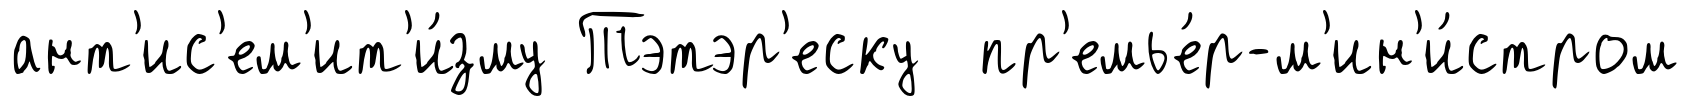
ант'ис'ем'ит'и́зму Тэтэр'еску пр'емье́р-м'ин'и́стром